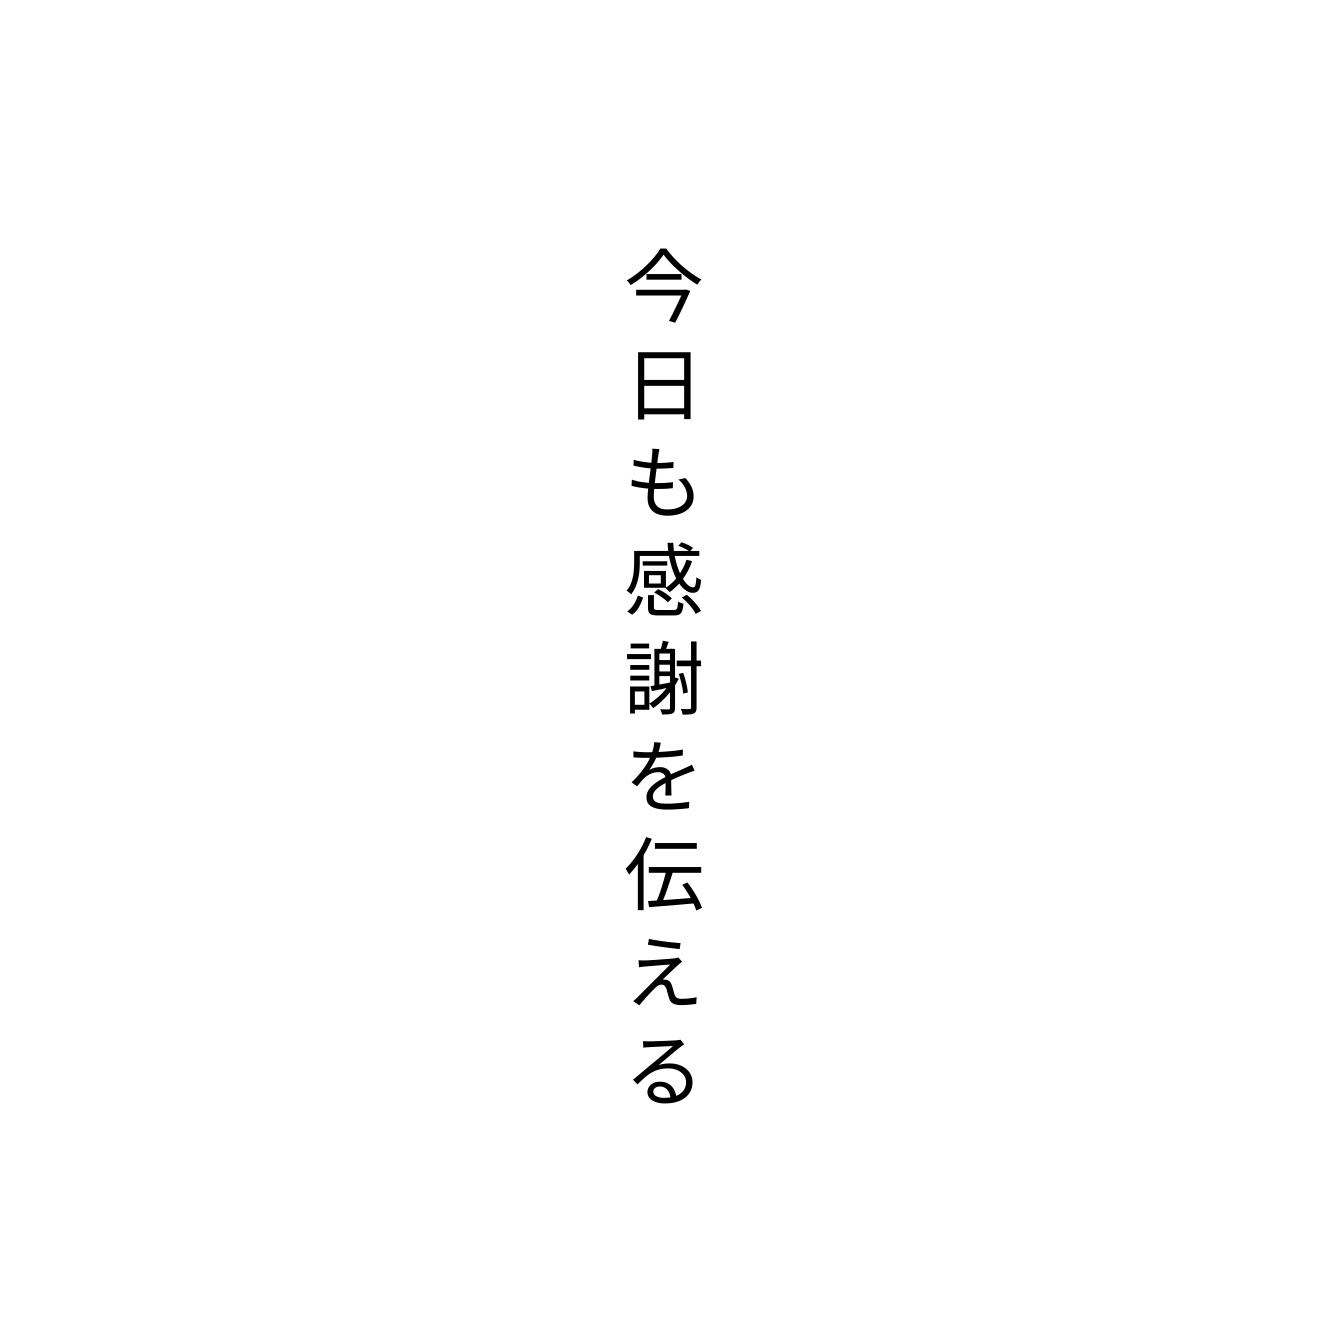
今日も感謝を伝える